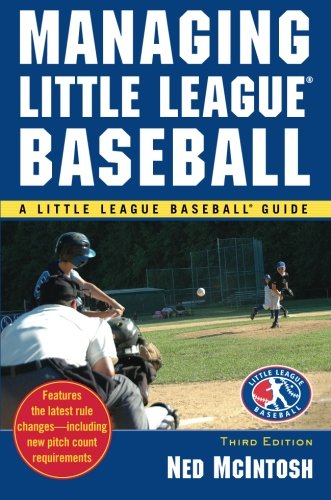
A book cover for Managing Little League (Little League Baseball Guide); Ned McIntosh; Sports & Outdoors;